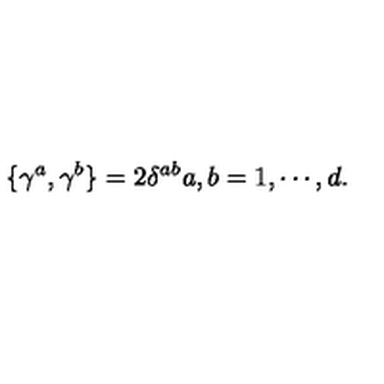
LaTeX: \{ \gamma ^ { a } , \gamma ^ { b } \} = 2 \delta ^ { a b } a , b = 1 , \cdots , d .